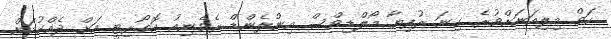
ހަތް މިލިއަނަށްވުރެ ގިނަ ރުފިޔާ މޯލްޑިވްސް އިންލެންޑް ރެވެނިއު އޮތޯރިޓީ އަށް ދެއްކުމަށް